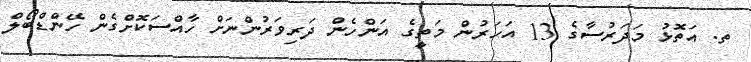
ތ. އަތޮޅު މަދަރުސާގެ 13 އަހަރުން މަތީގެ އަންހެން ދަރިވަރުންނަށް ހާއްސަކޮށްގެން ހޭންޑްބޯލް